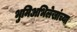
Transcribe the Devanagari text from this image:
भुमिअभिलेखांच्या